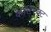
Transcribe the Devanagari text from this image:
कांटे्रक्ट